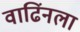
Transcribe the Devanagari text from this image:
वाढिंनला